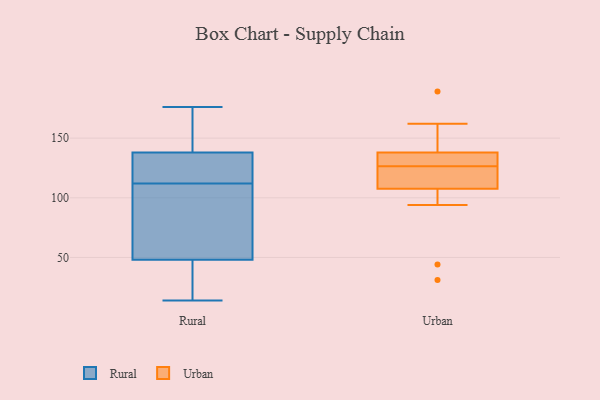
{"axis": {"x": "Shipments", "y": "Value"}, "legend": ["Rural", "Urban"], "data": [{"x": "", "y": 14, "type": "Rural"}, {"x": "", "y": 119, "type": "Rural"}, {"x": "", "y": 176, "type": "Rural"}, {"x": "", "y": 174, "type": "Rural"}, {"x": "", "y": 79, "type": "Rural"}, {"x": "", "y": 48, "type": "Rural"}, {"x": "", "y": 65, "type": "Rural"}, {"x": "", "y": 15, "type": "Rural"}, {"x": "", "y": 112, "type": "Rural"}, {"x": "", "y": 115, "type": "Rural"}, {"x": "", "y": 138, "type": "Rural"}, {"x": "", "y": 112, "type": "Rural"}, {"x": "", "y": 15, "type": "Rural"}, {"x": "", "y": 143, "type": "Rural"}, {"x": "", "y": 144, "type": "Rural"}, {"x": "", "y": 67, "type": "Rural"}, {"x": "", "y": 15, "type": "Rural"}, {"x": "", "y": 136, "type": "Rural"}, {"x": "", "y": 121, "type": "Urban"}, {"x": "", "y": 189, "type": "Urban"}, {"x": "", "y": 31, "type": "Urban"}, {"x": "", "y": 141, "type": "Urban"}, {"x": "", "y": 162, "type": "Urban"}, {"x": "", "y": 129, "type": "Urban"}, {"x": "", "y": 128, "type": "Urban"}, {"x": "", "y": 135, "type": "Urban"}, {"x": "", "y": 44, "type": "Urban"}, {"x": "", "y": 121, "type": "Urban"}, {"x": "", "y": 125, "type": "Urban"}, {"x": "", "y": 94, "type": "Urban"}]}